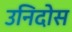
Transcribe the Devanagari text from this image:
उनिदोस